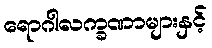
ရောဂါလက္ခဏာများနှင့်